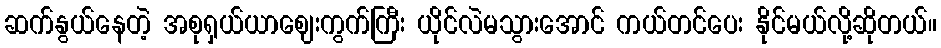
ဆက်နွယ်နေတဲ့ အစုရှယ်ယာဈေးကွက်ကြီး ယိုင်လဲမသွားအောင် ကယ်တင်ပေး နိုင်မယ်လို့ဆိုတယ်။